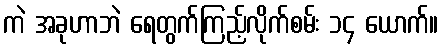
ကဲ အခုဟာဘဲ ရေတွက်ကြည့်လိုက်စမ်း ၁၄ ယောက်။